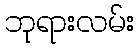
ဘုရားလမ်း